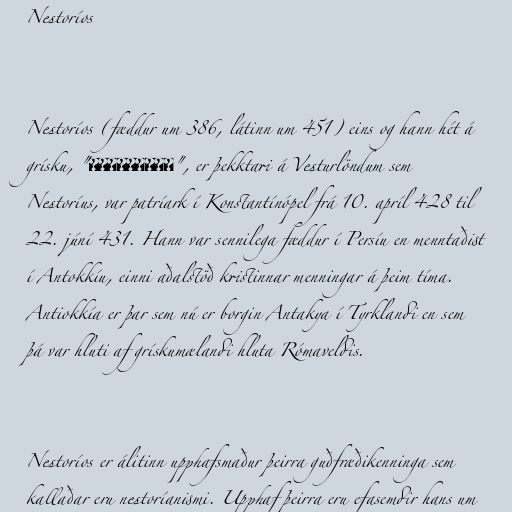
Nestoríos

Nestoríos (fæddur um 386, látinn um 451) eins og hann hét á
grísku, "Νεστόριος", er þekktari á Vesturlöndum sem
Nestoríus, var patríark í Konstantínópel frá 10. apríl 428 til
22. júní 431. Hann var sennilega fæddur í Persíu en menntaðist
í Antokkíu, einni aðalstöð kristinnar menningar á þeim tíma.
Antiokkía er þar sem nú er borgin Antakya í Tyrklandi en sem
þá var hluti af grískumælandi hluta Rómaveldis.

Nestoríos er álitinn upphafsmaður þeirra guðfræðikenninga sem
kallaðar eru nestoríanismi. Upphaf þeirra eru efasemdir hans um